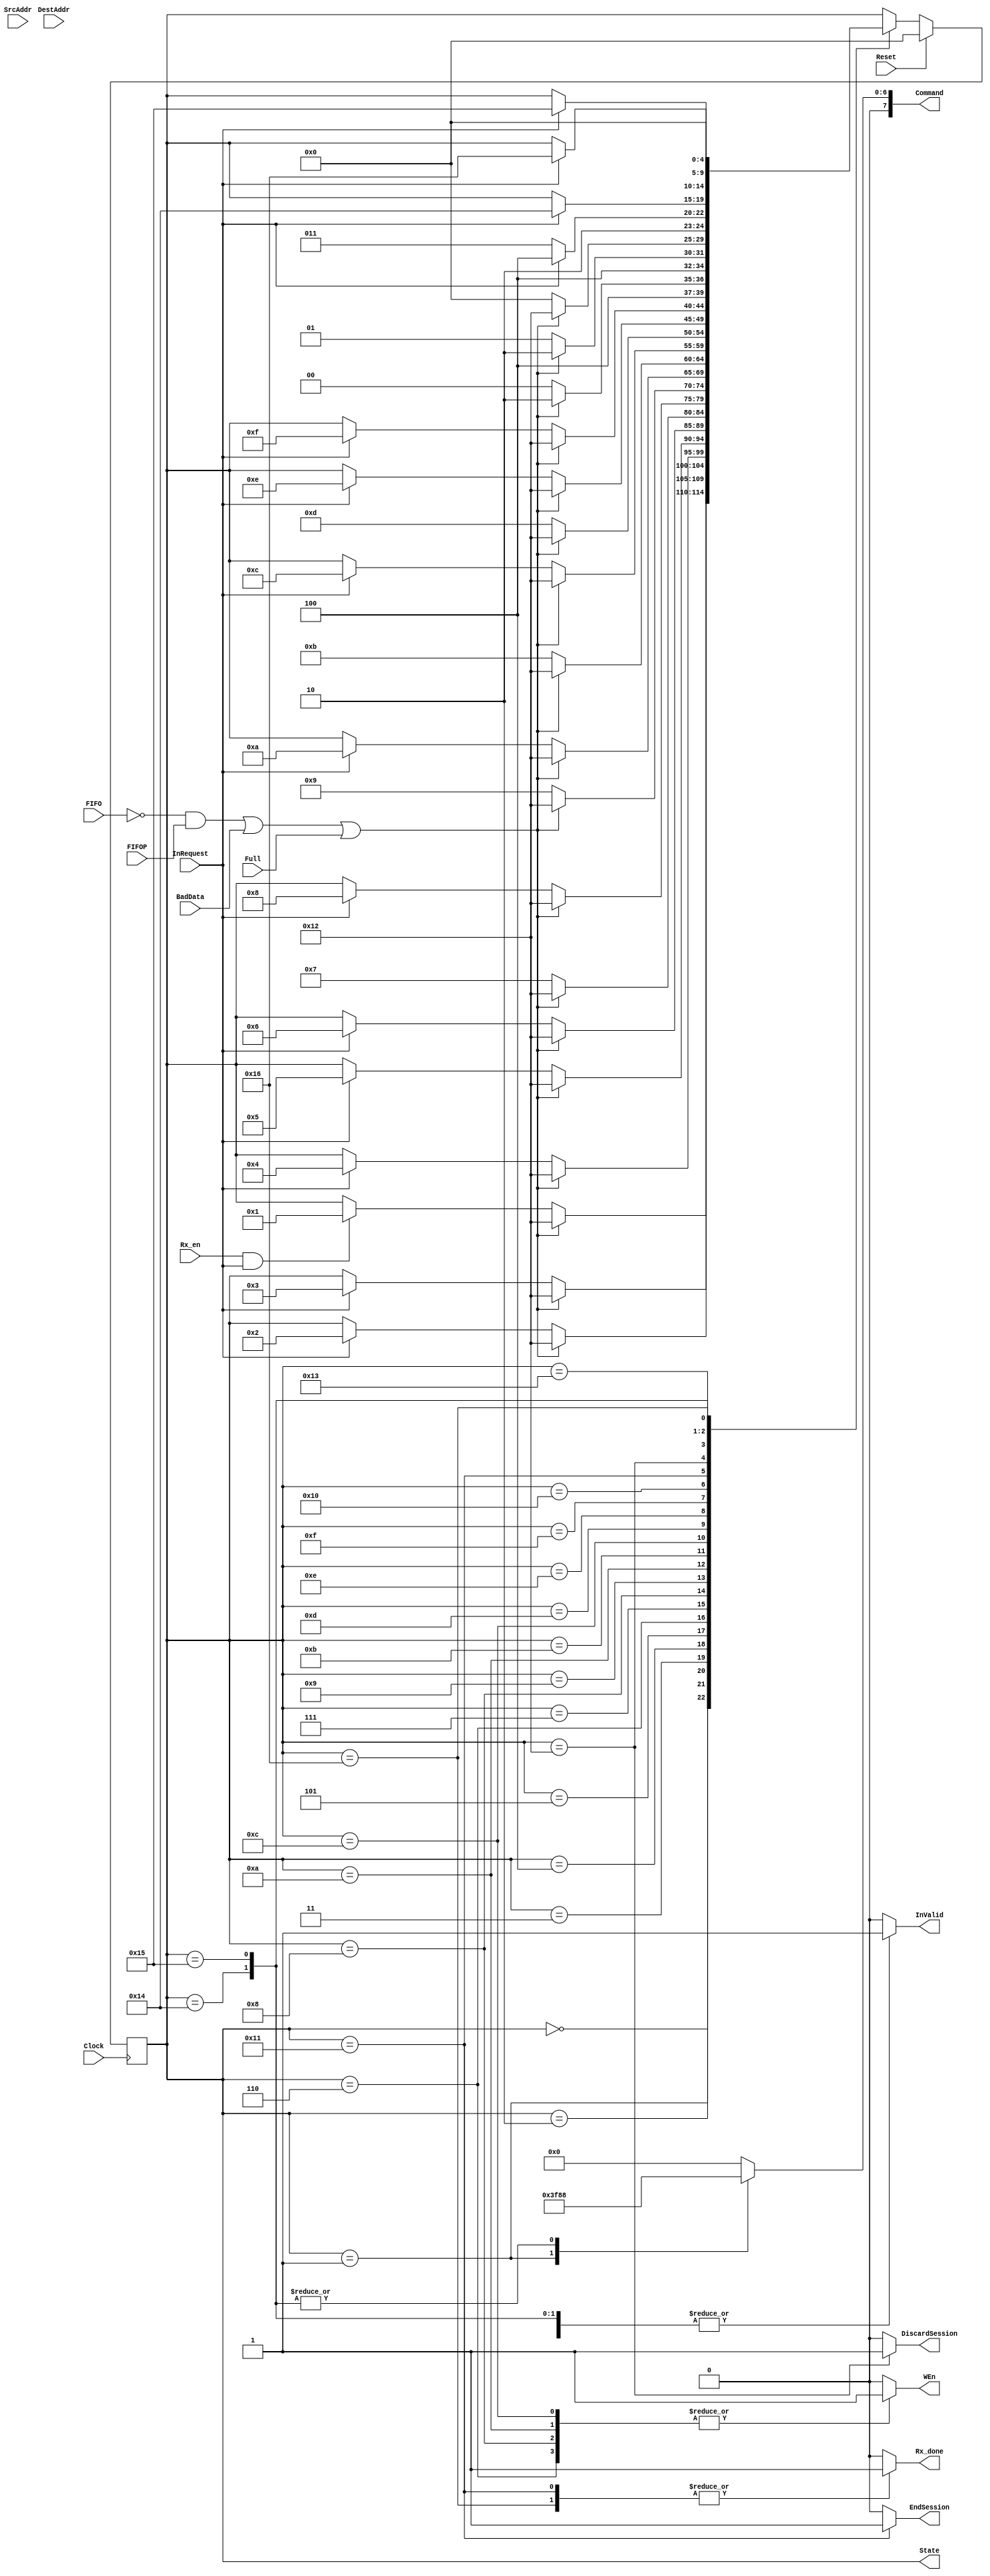

module ReceiveFSM(Clock, Reset,
						SrcAddr, DestAddr,
						Rx_en, 
						InRequest,
						BadData, Full, FIFO, FIFOP,
						WEn, EndSession, DiscardSession,
						Command,
						InValid,
						Rx_done,
						State
						);

	//---------------------------------------------------------------
	//	Input / Output
	//---------------------------------------------------------------
	//System Inputs
	input					Clock, Reset;
	
	//Source and Destination from Game engine
	input		[7:0]		SrcAddr, DestAddr;
	
	//SPIControlFSM control signals
	input					Rx_en;
		
	//Input from SPI
	input					InRequest;

	//Data flags
	input					BadData, Full, FIFO, FIFOP;
	
	//Outputs for SPIFIFO
	output				WEn, EndSession, DiscardSession;
	
	//Outputs for SPI
	output	[7:0]		Command;
	output				InValid;
	
	//Control for SPIControlFSM
	output				Rx_done;
	
	//Chipscope debugging
	output	[4:0]		State;
	//---------------------------------------------------------------
	
	//---------------------------------------------------------------
	//	Wires
	//---------------------------------------------------------------
	wire FlushRxFIFO;
	//---------------------------------------------------------------
	
	//---------------------------------------------------------------
	//	Regs
	//---------------------------------------------------------------
	reg		[4:0]		CurrentState, NextState;
	reg					WEn, EndSession, DiscardSession;
	reg		[7:0]		Command;
	reg					InValid;
	reg					Rx_done;
	//---------------------------------------------------------------
	
	//---------------------------------------------------------------
	//	Parameters
	//---------------------------------------------------------------
	parameter STATE_Init				= 5'd0;
	parameter STATE_Rx0				= 5'd1;
	parameter STATE_Rx1				= 5'd2;
	parameter STATE_Rx2				= 5'd3;
	parameter STATE_Rx3				= 5'd4;
	parameter STATE_Rx4				= 5'd5;
	parameter STATE_Rx5W				= 5'd6;
	parameter STATE_Rx5				= 5'd7;
	parameter STATE_Rx6W				= 5'd8;
	parameter STATE_Rx6				= 5'd9;
	parameter STATE_Rx7W				= 5'd10;
	parameter STATE_Rx7				= 5'd11;
	parameter STATE_Rx8W				= 5'd12;
	parameter STATE_Rx8				= 5'd13;
	parameter STATE_Rx9				= 5'd14;
	parameter STATE_CheckValid1	= 5'd15;
	parameter STATE_CheckValid2	= 5'd16;
	parameter STATE_EndSession		= 5'd17;
	parameter STATE_FlushD			= 5'd18;
	parameter STATE_Flush0			= 5'd19;
	parameter STATE_Flush1			= 5'd20;
	parameter STATE_Flush2			= 5'd21;
	parameter STATE_Flush3			= 5'd22;
	//---------------------------------------------------------------

	//---------------------------------------------------------------
	//	FSM
	//---------------------------------------------------------------
	//for chipscope debugging
	assign State = CurrentState;
	
	//chris! Assign every combination that requires a flush of the rx fifo here
	//one is: (~FIFO & FIFOP) | BadData (what about Full?)
	assign FlushRxFIFO = ((~FIFO & FIFOP) | BadData | Full);
	
	always @ ( posedge Clock ) begin
		if (Reset)
			CurrentState <= STATE_Init;
		else
			CurrentState <= NextState;
	end
	
	always @ ( * ) begin
		NextState = CurrentState;
		
		//SPI Outputs
		Command = 8'h00;
		InValid = 1'b0; 
		
		//SPIFIFO Outputs
		WEn = 1'b0; 
		EndSession = 1'b0;  
		DiscardSession = 1'b0; 

		//SPIControlFSM Outputs
		Rx_done = 1'b0; 
		
		case(CurrentState)
			STATE_Init: begin
				//State Transition
				if (FlushRxFIFO) 
					NextState = STATE_FlushD;
				else if (Rx_en & InRequest)
					NextState = STATE_Rx0;
				//Outputs
			end
			
			STATE_Rx0: begin
				//State Transition
				if (FlushRxFIFO) 
					NextState = STATE_FlushD;
				else if (InRequest)
					NextState = STATE_Rx1;
				//Outputs
				InValid = 1'b1;
				Command = 8'h7f;
			end
			
			STATE_Rx1: begin
				//State Transition
				if (FlushRxFIFO) 
					NextState = STATE_FlushD;
				else if (InRequest)
					NextState = STATE_Rx2;
				//Outputs
				InValid = 1'b1;
				Command = 8'h00;
			end
			
			STATE_Rx2: begin
				//State Transition
				if (FlushRxFIFO) 
					NextState = STATE_FlushD;
				else if (InRequest)
					NextState = STATE_Rx3;
				//Outputs
				InValid = 1'b1;
				Command = 8'h00;
			end
			
			STATE_Rx3: begin
				//State Transition
				if (FlushRxFIFO) 
					NextState = STATE_FlushD;
				else if (InRequest)
					NextState = STATE_Rx4;
				//Outputs
				InValid = 1'b1;
				Command = 8'h00;
			end
			
			STATE_Rx4: begin
				//State Transition
				if (FlushRxFIFO) 
					NextState = STATE_FlushD;
				else if (InRequest)
					NextState = STATE_Rx5W;
				//Outputs
				InValid = 1'b1;
				Command = 8'h00;
			end
			
			STATE_Rx5W: begin
				//State Transition
				if (FlushRxFIFO) 
					NextState = STATE_FlushD;
				else //transition on next clock cycle
					NextState = STATE_Rx5;
				//Outputs
				InValid = 1'b1;
				Command = 8'h00;
				WEn = 1'b1;
			end
			
			STATE_Rx5: begin
				//State Transition
				if (FlushRxFIFO) 
					NextState = STATE_FlushD;
				else if (InRequest)
					NextState = STATE_Rx6W;
				//Outputs
				InValid = 1'b1;
				Command = 8'h00;
			end
			
			STATE_Rx6W: begin
				//State Transition
				if (FlushRxFIFO) 
					NextState = STATE_FlushD;
				else //transition on next clock cycle
					NextState = STATE_Rx6;
				//Outputs
				InValid = 1'b1;
				Command = 8'h00;
				WEn = 1'b1;
			end
			
			STATE_Rx6: begin
				//State Transition
				if (FlushRxFIFO) 
					NextState = STATE_FlushD;
				else if (InRequest)
					NextState = STATE_Rx7W;
				//Outputs
				InValid = 1'b1;
				Command = 8'h00;
			end
			
			STATE_Rx7W: begin
				//State Transition
				if (FlushRxFIFO) 
					NextState = STATE_FlushD;
				else //transition on next clock cycle
					NextState = STATE_Rx7;
				//Outputs
				InValid = 1'b1;
				Command = 8'h00;
				WEn = 1'b1;
			end
			
			STATE_Rx7: begin
				//State Transition
				if (FlushRxFIFO) 
					NextState = STATE_FlushD;
				else if (InRequest)
					NextState = STATE_Rx8W;
				//Outputs
				InValid = 1'b1;
				Command = 8'h00;
			end
			
			STATE_Rx8W: begin
				//State Transition
				if (FlushRxFIFO) 
					NextState = STATE_FlushD;
				else //transition on next clock cycle
					NextState = STATE_Rx8;
				//Outputs
				InValid = 1'b1;
				Command = 8'h00;
				WEn = 1'b1;
			end
			
			STATE_Rx8: begin
				//State Transition
				if (FlushRxFIFO) 
					NextState = STATE_FlushD;
				else if (InRequest)
					NextState = STATE_Rx9;
				//Outputs
				InValid = 1'b1;
				Command = 8'h00;
			end
			
			STATE_Rx9: begin
				//State Transition
				if (FlushRxFIFO) 
					NextState = STATE_FlushD;
				else if (InRequest)
					NextState = STATE_CheckValid1;
				//Outputs
				InValid = 1'b1;
				Command = 8'h00;
			end
			
			STATE_CheckValid1: begin
				//State Transition
				if (FlushRxFIFO) 
					NextState = STATE_FlushD;
				else
					NextState = STATE_CheckValid2;
				//Outputs
			end
			
			STATE_CheckValid2: begin
				//State Transition
				if (FlushRxFIFO) 
					NextState = STATE_FlushD;
				else
					NextState = STATE_EndSession;
				//Outputs
			end
			
			STATE_EndSession: begin
				//State Transition
				if (FlushRxFIFO) 
					NextState = STATE_FlushD;
				else
					NextState = STATE_Init;
				//Outputs
				EndSession = 1'b1;
				Rx_done = 1'b1;
			end
			
			STATE_FlushD: begin
				//State Transition
				if (InRequest) 
					NextState = STATE_Flush1;
				else
					NextState = STATE_Flush0;
				//Outputs
				DiscardSession = 1'b1;
			end
			
			STATE_Flush0: begin
				//State Transition
				//chris! will inrequest still be going when i issue a sflushrx, i think i could use that...
				if (InRequest)
					NextState = STATE_Flush1;
				//Outputs
			end
			
			STATE_Flush1: begin
				//State Transition
				//chris! will inrequest still be going when i issue a sflushrx, i think i could use that...
				if (InRequest)
					NextState = STATE_Flush2;
				//Outputs
				InValid = 1'b1;
				Command = 8'h08;
			end
			
			STATE_Flush2: begin
				//State Transition
				//chris! i'm not sure about using invalid for this, check to see if it works
				//another option is to stay in this state for 1 cycle and then transition, but
				//i don't know how long the outputs should stay valid for.
				if (InRequest)
					NextState = STATE_Flush3;
				//Outputs
				InValid = 1'b1;
				Command = 8'h08;
			end
			
			STATE_Flush3: begin
				//State Transition
					NextState = STATE_Init;
				//Outputs
				Rx_done = 1'b1;
			end
			
			default: begin
			end
		endcase
	end

	//---------------------------------------------------------------	

endmodule